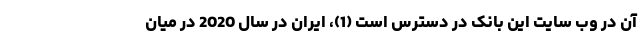
آن در وب سایت این بانک در دسترس است (1)، ایران در سال 2020 در میان